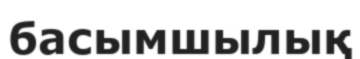
басымшылық